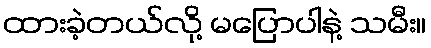
ထားခဲ့တယ်လို့ မပြောပါနဲ့ သမီး။